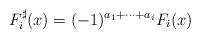
LaTeX: \begin{align*}F_i^\sharp(x)=(-1)^{a_1+\dots+a_{i}}F_i(x)\end{align*}